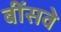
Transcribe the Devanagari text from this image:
बींसवे